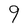
Character: g